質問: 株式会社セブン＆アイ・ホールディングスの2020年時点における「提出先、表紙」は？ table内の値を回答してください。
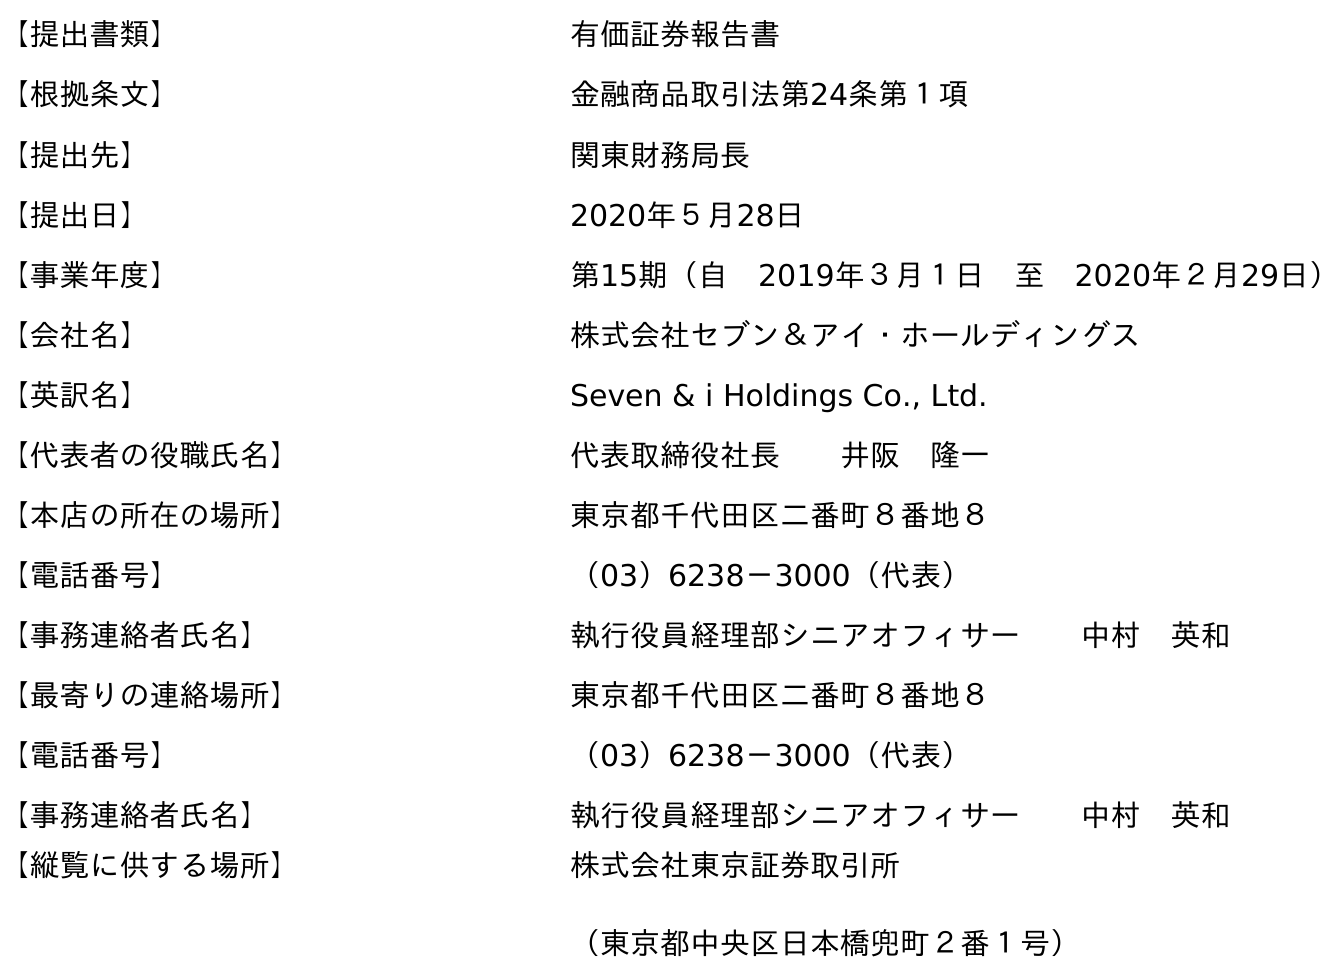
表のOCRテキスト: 【提出書類】 有価証券報告書 【根拠条文】 金融商品取引法第24条第１項 【提出先】 関東財務局長 【提出日】 2020年５月28日 【事業年度】 第15期（自 2019年３月１日 至 2020年２月29日） 【会社名】 株式会社セブン＆アイ・ホールディングス 【英訳名】 Seven & i Holdings Co., Ltd. 【代表者の役職氏名】 代表取締役社長  井阪 隆一 【本店の所在の場所】 東京都千代田区二番町８番地８ 【電話番号】 （03）6238－3000（代表） 【事務連絡者氏名】 執行役員経理部シニアオフィサー  中村 英和 【最寄りの連絡場所】 東京都千代田区二番町８番地８ 【電話番号】 （03）6238－3000（代表） 【事務連絡者氏名】 執行役員経理部シニアオフィサー  中村 英和 【縦覧に供する場所】 株式会社東京証券取引所 （東京都中央区日本橋兜町２番１号）
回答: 関東財務局長